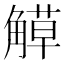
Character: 𧤣